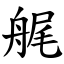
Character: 艉